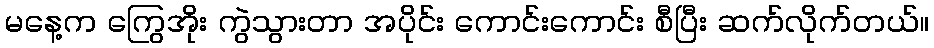
မနေ့က ကြွေအိုး ကွဲသွားတာ အပိုင်း ကောင်းကောင်း စီပြီး ဆက်လိုက်တယ်။